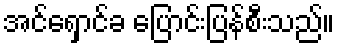
အင်ရှောင်ခ ပြောင်းပြန်စီးသည်။